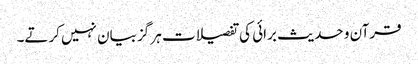
قرآن و حدیث برائی کی تفصیلات ہر گز بیان نہیں کرتے۔